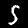
Digit: 5